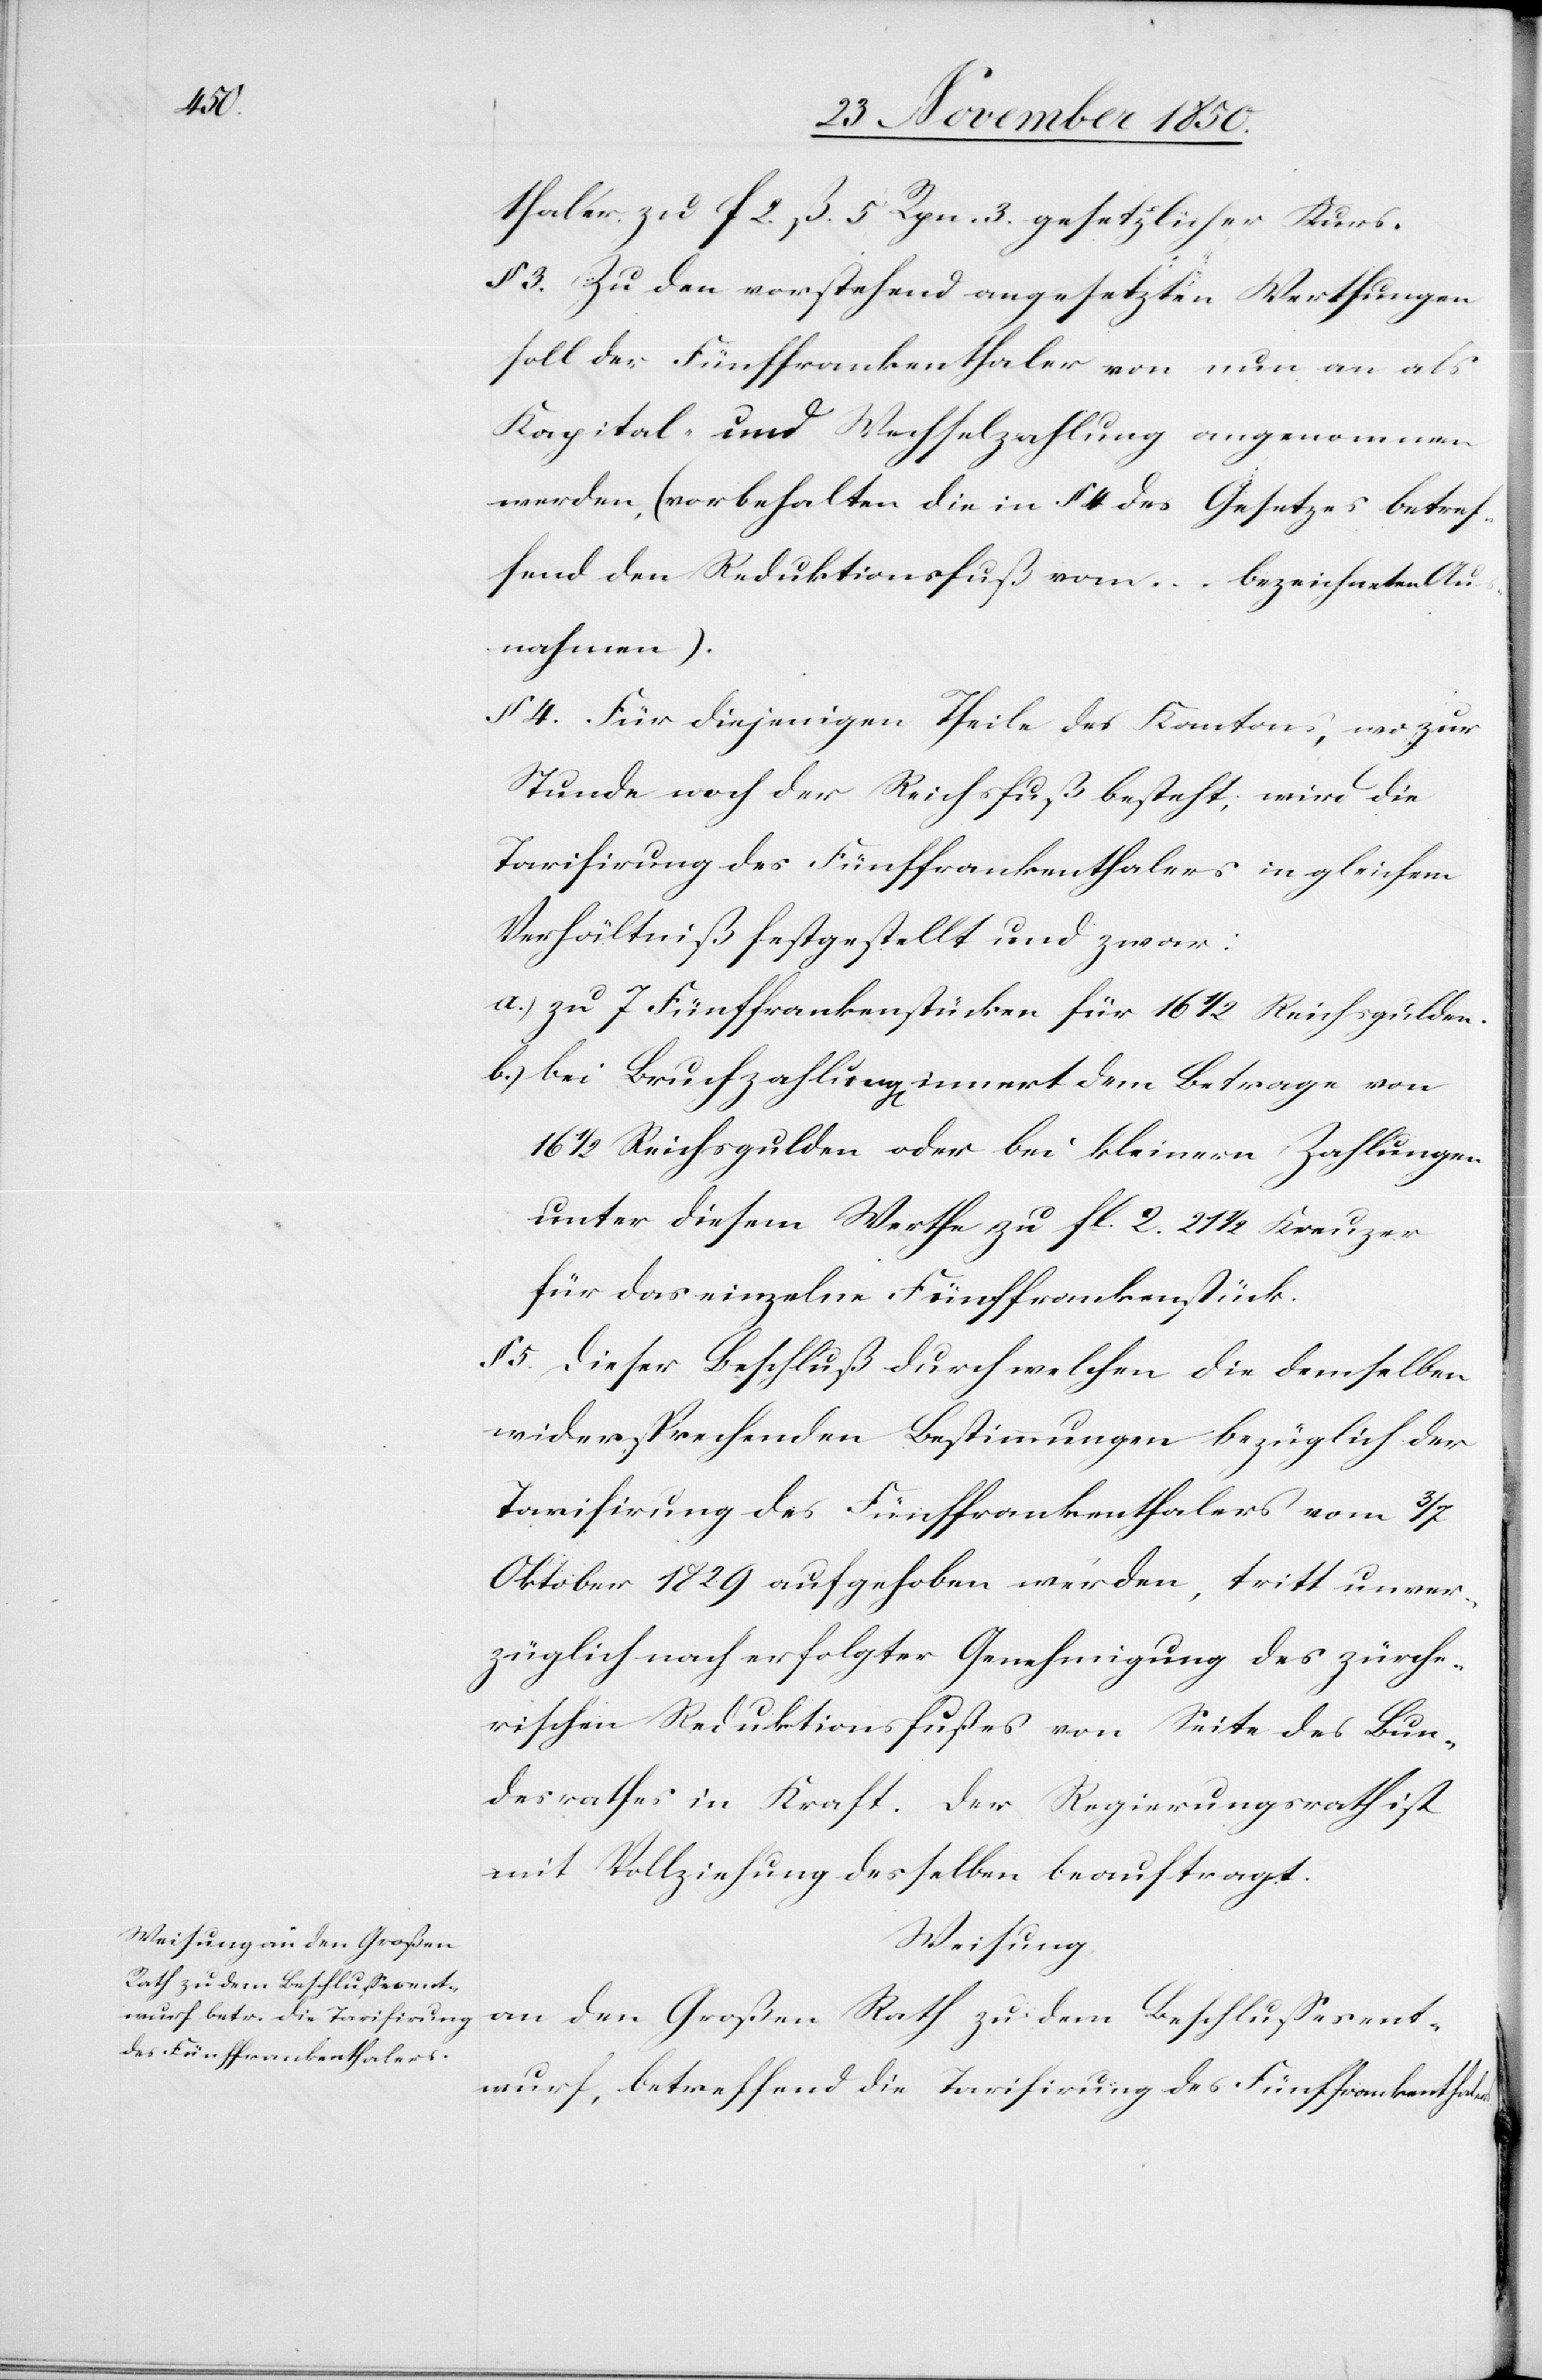
thaler zu f 2. ß. 5 Rpn. 3. gesetzlicher Kurs.
§ 3. Zu den vorstehend angesetzten Werthungen
soll der Fünffrankenthaler von nun an als
Kapital- und Wechselzahlung angenommen
werden, (vorbehalten die in § 4 des Gesetzes betref¬
fend den Reduktionsfuß vom … bezeichneten Aus¬
nahmen).
§ 4. Für diejenigen Theile des Kantons, wo zur
Stunde noch der Reichsfuß besteht, wird die
Tarifirung des Fünffrankenthalers in gleichem
Verhältniß festgestellt und zwar:
a.) zu 7 Fünffrankenstücken für 16 1/2 Reichsgulden.
b.) bei Bruchzahlung[en] innert dem Betrage von
16 1/2 Reichsgulden oder bei kleinern Zahlungen
unter diesem Werthe zu fl. 2. 21 1/2 Kreuzer
für das einzelne Fünffrankenstück.
5. Dieser Beschluß durch welchen die demselben
widersprechenden Bestimmungen bezüglich der
Tarifirung des Fünffrankenthalers vom 3/7
Oktober 1829 aufgehoben werden, tritt unver¬
züglich nach erfolgter Genehmigung des zürche¬
rischen Reduktionsfußes von Seite des Bun¬
desrathes in Kraft. Der Regierungsrath ist
mit Vollziehung desselben beauftragt.
Weisung
an den Großen Rath zu dem Beschlussesent¬
wurf, betreffend die Tarifirung des Fünffrankenthalers.